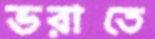
ভরাতে